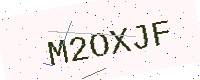
Text: M2OXJF